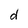
Character: d